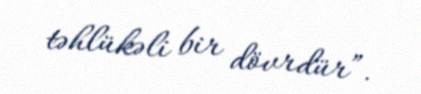
təhlükəli bir dövrdür”.